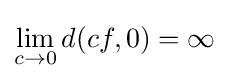
\lim _{c\rightarrow 0}d(cf,0)=\infty